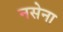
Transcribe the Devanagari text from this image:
नसेना